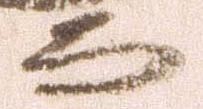
而